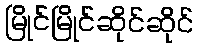
မြိုင်မြိုင်ဆိုင်ဆိုင်